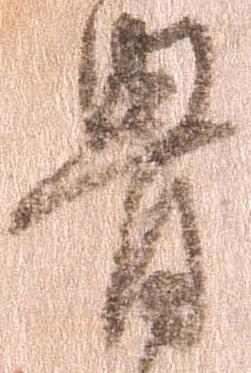
骨